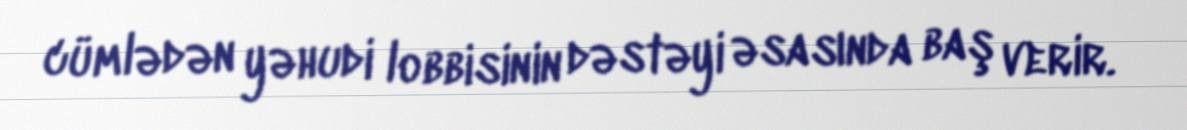
cümlədən yəhudi lobbisinin dəstəyi əsasında baş verir.